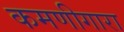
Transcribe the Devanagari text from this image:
कमणीगारा